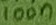
Text: 100n